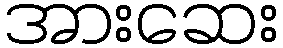
အားဆေး